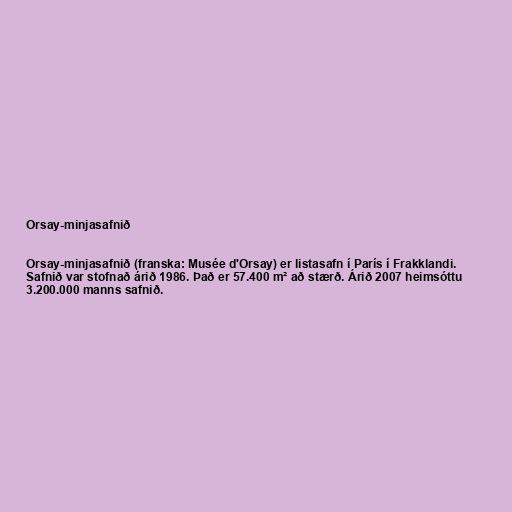
Orsay-minjasafnið

Orsay-minjasafnið (franska: Musée d'Orsay) er listasafn í París í Frakklandi.
Safnið var stofnað árið 1986. Það er 57.400 m² að stærð. Árið 2007 heimsóttu
3.200.000 manns safnið.